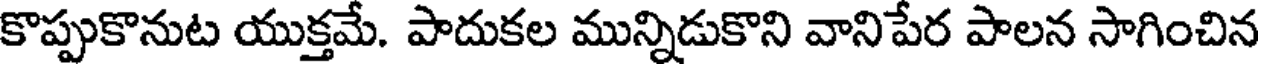
కొప్పుకొనుట యుక్తమే. పాదుకల మున్నిడుకొని వానిపేర పాలన సాగించిన